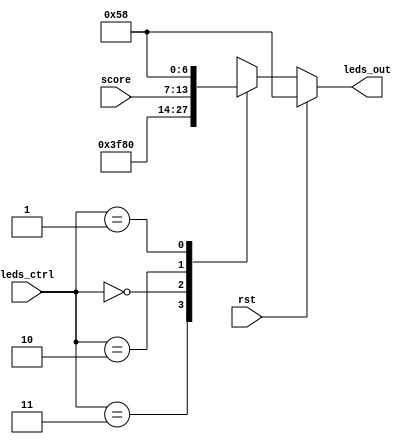
`timescale 1ns / 1ps

module led_mux(
    input [1:0] leds_ctrl,
    input [6:0] score,
	 input rst,
    output reg [6:0] leds_out
    );
	
	`define off 				0
	`define on 					3
	`define score				2
	`define sn              1

	
	always @(leds_ctrl, score, rst)
		begin
			if(~rst)
				case(leds_ctrl)
					`on: leds_out[6:0] = 7'b1111111;
					`off: leds_out[6:0] = 0;
					`score: leds_out[6:0] = score[6:0];
					`sn: leds_out[6:0] = 7'b1011000;
					default: leds_out[6:0] = 0;
				endcase
			else if (rst)
				leds_out[6:0] = 7'b1011000;
			else
				leds_out[6:0] = 0;
		end
			
endmodule